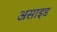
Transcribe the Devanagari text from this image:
असाइड